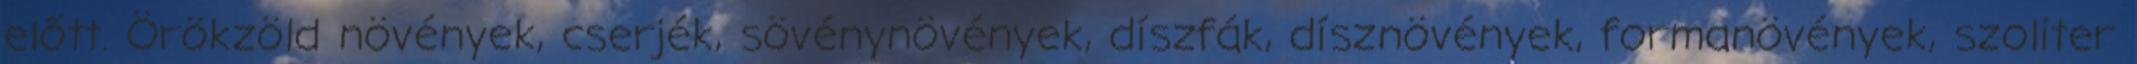
előtt. Örökzöld növények, cserjék, sövénynövények, díszfák, dísznövények, formanövények, szoliter